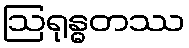
ဩရုန္ဓတဿ